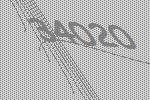
34020